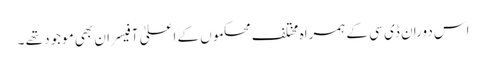
اس دوران ڈی سی کے ہمراہ مختلف محکموں کے اعلیٰ آفیسران بھی موجود تھے ۔